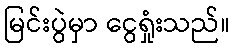
မြင်းပွဲမှာ ငွေရှုံးသည်။